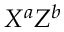
X ^ { a } Z ^ { b }